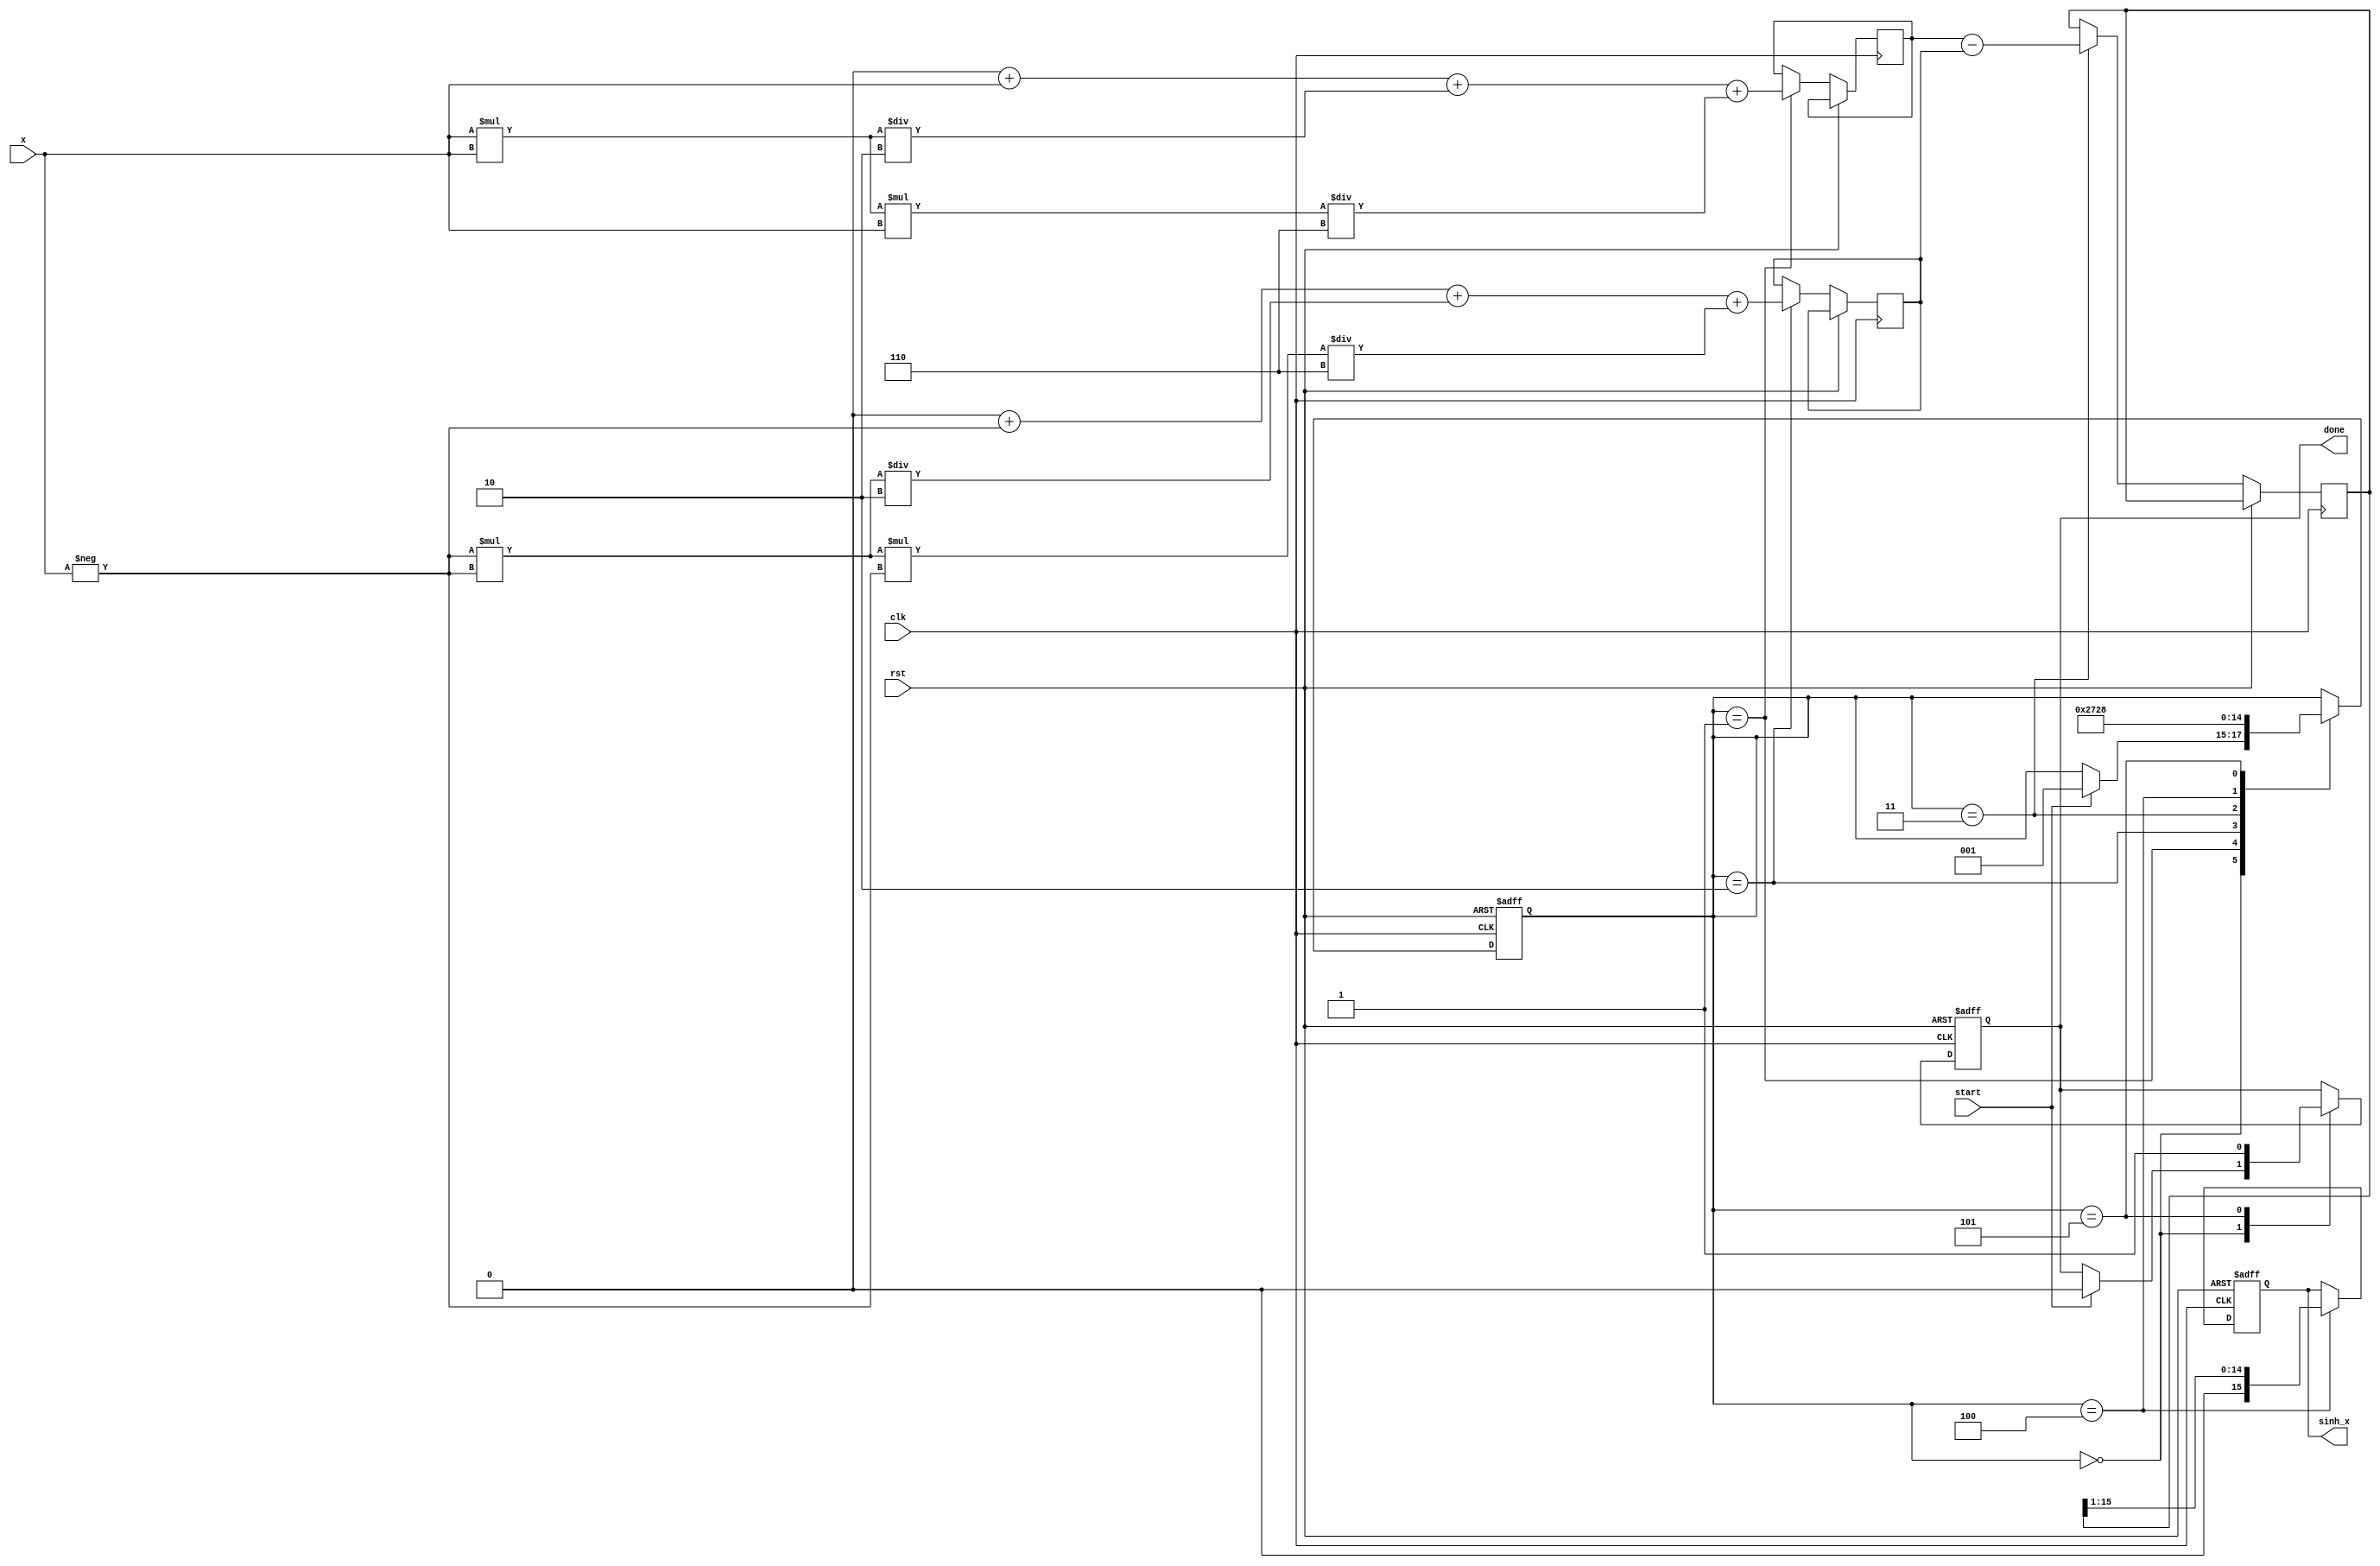
module sinh_arithmetic_block (
    input wire clk,
    input wire rst,
    input wire [15:0] x,           // Input signal (fixed-point representation)
    output reg [15:0] sinh_x,      // Output signal (fixed-point representation)
    input wire start,              // Start signal for computation
    output reg done                // Done signal for computation completion
);

    reg [15:0] exp_x;              // e^x
    reg [15:0] exp_neg_x;          // e^(-x)
    reg [15:0] temp_result;         // Temporary result for e^x - e^(-x)

    // Control signals
    reg [2:0] state;
    localparam IDLE = 3'd0,
               CALC_EXP = 3'd1,
               CALC_EXP_NEG = 3'd2,
               SUBTRACT = 3'd3,
               DIVIDE = 3'd4,
               DONE = 3'd5;

    // Simple polynomial approximation for e^x (up to x^3)
    function [15:0] exp_approx(input [15:0] x);
        begin
            exp_approx = 16'h10000 + x + (x * x) / 16'h0002 + (x * x * x) / 16'h0006; // e^x  1 + x + x^2/2! + x^3/3!
        end
    endfunction

    always @(posedge clk or posedge rst) begin
        if (rst) begin
            state <= IDLE;
            sinh_x <= 16'b0;
            done <= 1'b0;
        end else begin
            case (state)
                IDLE: begin
                    if (start) begin
                        state <= CALC_EXP;
                        done <= 1'b0;
                    end
                end

                CALC_EXP: begin
                    exp_x <= exp_approx(x);
                    state <= CALC_EXP_NEG;
                end

                CALC_EXP_NEG: begin
                    exp_neg_x <= exp_approx(-x); // Use the same approximation for -x
                    state <= SUBTRACT;
                end

                SUBTRACT: begin
                    temp_result <= exp_x - exp_neg_x; // e^x - e^(-x)
                    state <= DIVIDE;
                end

                DIVIDE: begin
                    sinh_x <= temp_result >> 1; // Divide by 2 (right shift by 1)
                    state <= DONE;
                end

                DONE: begin
                    done <= 1'b1;
                    state <= IDLE; // Go back to idle
                end
            endcase
        end
    end
endmodule